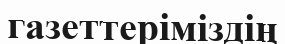
газеттеріміздің